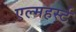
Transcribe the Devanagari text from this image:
एल्महर्स्ट